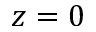
z = 0